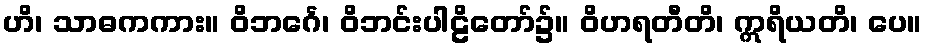
ဟိ၊ သာဓကကား။ ဝိဘင်္ဂေ၊ ဝိဘင်းပါဠိတော်၌။ ဝိဟရတီတိ၊ ဣရိယတိ၊ ပေ။